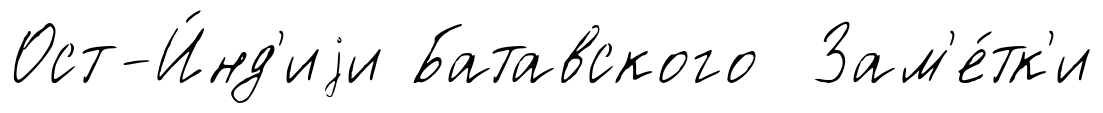
Ост-И́нд'иjи Батавского Зам'е́тк'и